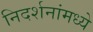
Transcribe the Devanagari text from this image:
निदर्शनांमध्ये